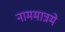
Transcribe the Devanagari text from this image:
नाममात्रमे